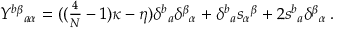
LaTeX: Y ^ { b \beta } { } _ { a \alpha } = ( ( \textstyle { \frac { 4 } { { \cal N } } } - 1 ) \kappa - \eta ) \delta ^ { b } { } _ { a } \delta ^ { \beta } { } _ { \alpha } + \delta ^ { b } { } _ { a } s _ { \alpha } { } ^ { \beta } + 2 s ^ { b } { } _ { a } \delta ^ { \beta } { } _ { \alpha } \, .